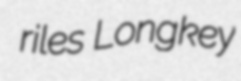
riles Longkey